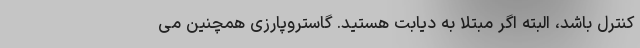
کنترل باشد، البته اگر مبتلا به دیابت هستید. گاستروپارزی همچنین می